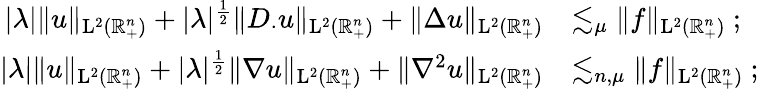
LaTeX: \begin{array}{rl}{\lvert\lambda\rvert\lVert u\rVert_{{\mathrm{L}}^{2}(\mathbb{R}_{+}^{n})}+\lvert\lambda\rvert^{\frac{1}{2}}\lVert D_{\cdot}u\rVert_{{\mathrm{L}}^{2}(\mathbb{R}_{+}^{n})}+\lVert\Delta u\rVert_{{\mathrm{L}}^{2}(\mathbb{R}_{+}^{n})}}&{\lesssim_{\mu}\lVert f\rVert_{{\mathrm{L}}^{2}(\mathbb{R}_{+}^{n})}\mathrm{~;~}}\\ {\lvert\lambda\rvert\lVert u\rVert_{{\mathrm{L}}^{2}(\mathbb{R}_{+}^{n})}+\lvert\lambda\rvert^{\frac{1}{2}}\lVert\nabla u\rVert_{{\mathrm{L}}^{2}(\mathbb{R}_{+}^{n})}+\lVert\nabla^{2}u\rVert_{{\mathrm{L}}^{2}(\mathbb{R}_{+}^{n})}}&{\lesssim_{n,\mu}\lVert f\rVert_{{\mathrm{L}}^{2}(\mathbb{R}_{+}^{n})}\mathrm{~;~}}\end{array}